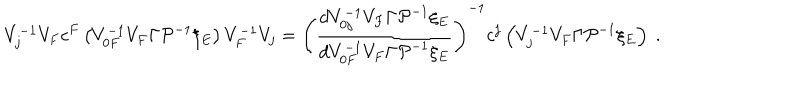
V _ { j } ^ { - 1 } V _ { F } c ^ { F } \left( V _ { 0 F } ^ { - 1 } V _ { F } \Gamma { \cal P } ^ { - 1 } \xi _ { E } \right) V _ { F } ^ { - 1 } V _ { j } = \left( \frac { d V _ { 0 j } ^ { - 1 } V _ { F } \Gamma { \cal P } ^ { - 1 } \xi _ { E } } { d V _ { 0 F } ^ { - 1 } V _ { F } \Gamma { \cal P } ^ { - 1 } \xi _ { E } } \right) ^ { - 1 } c ^ { j } \left( V _ { j } ^ { - 1 } V _ { F } \Gamma { \cal P } ^ { - 1 } \xi _ { E } \right) \ .